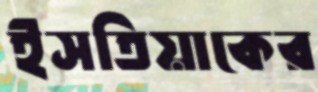
ইসতিয়াকের